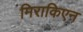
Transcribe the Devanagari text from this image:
मिराकिएन